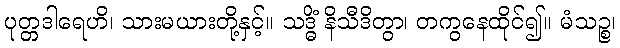
ပုတ္တဒါရေဟိ၊ သားမယားတို့နှင့်။ သဒ္ဓိံ နိသီဒိတွာ၊ တကွနေထိုင်၍။ မံသဉ္စ၊